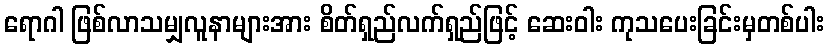
ရောဂါ ဖြစ်လာသမျှလူနာများအား စိတ်ရှည်လက်ရှည်ဖြင့် ဆေးဝါး ကုသပေးခြင်းမှတစ်ပါး